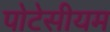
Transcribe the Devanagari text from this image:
पोटेसीयम